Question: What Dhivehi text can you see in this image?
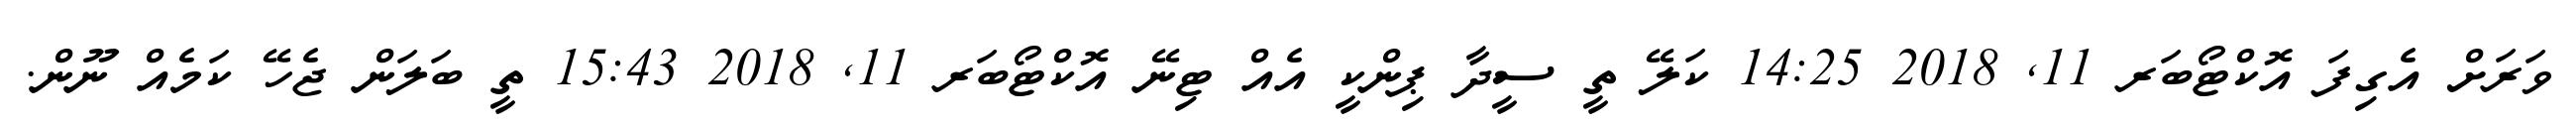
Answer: ވަރަށް އެގިފަ އޮކްޓޯބަރ 11, 2018 14:25 ކަލޭ ތީ ސީދާ ޕިންކީ އެއް ޓިނޭ އޮކްޓޯބަރ 11, 2018 15:43 ތީ ބަލަން ޖެހޭ ކަމެއް ނޫން.